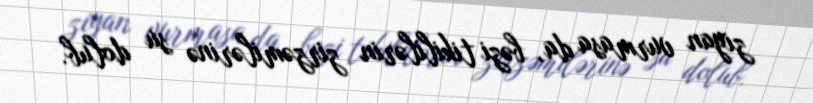
ziyan vurmasa da, bəzi tikililərin zirzəmilərinə su dolub.